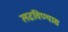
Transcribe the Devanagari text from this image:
लढविण्यास